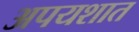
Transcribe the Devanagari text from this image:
अपयशात